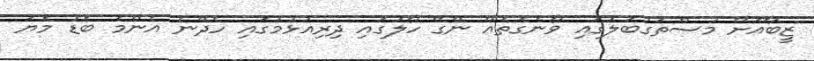
ޒީބާއަށް މުސްތަގުބަލުގައި ވާނެގޮތެއް ނޭގޭ ހާލުގައި ދިރިއުޅުމުގައި ހެދޭނެ އެންމެ ބޮޑު މޮޔަ